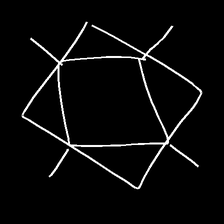
Glyph: light